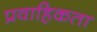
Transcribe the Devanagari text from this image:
प्रवाहिकता